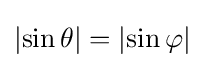
\left|\sin \theta \right|=\left|\sin \varphi \right|